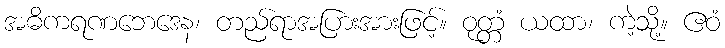
အဓိကရဏဘေဒေန၊ တည်ရာအပြားအားဖြင့်။ ဝုတ္တံ ယထာ၊ ကဲ့သို့။ ဧဝံ